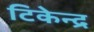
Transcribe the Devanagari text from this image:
टिकेन्द्र